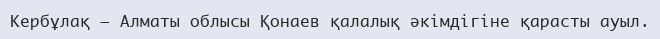
Кербұлақ – Алматы облысы Қонаев қалалық әкімдігіне қарасты ауыл.